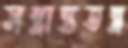
সম্ভ্রান্ততন্ত্র